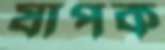
যাপক